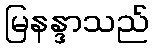
မြနန္ဒာသည်